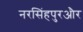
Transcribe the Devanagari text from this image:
नरसिंहपुरऔर